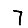
Digit: 7